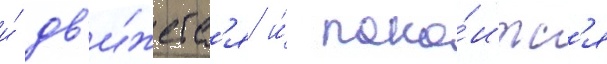
и́ дв'и́жетс'я и́ поко́итс'я